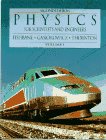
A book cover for Physics for Scientists and Engineers: Extended Version, Vol. 1, 2nd Edition; Paul M. Fishbane; Science & Math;